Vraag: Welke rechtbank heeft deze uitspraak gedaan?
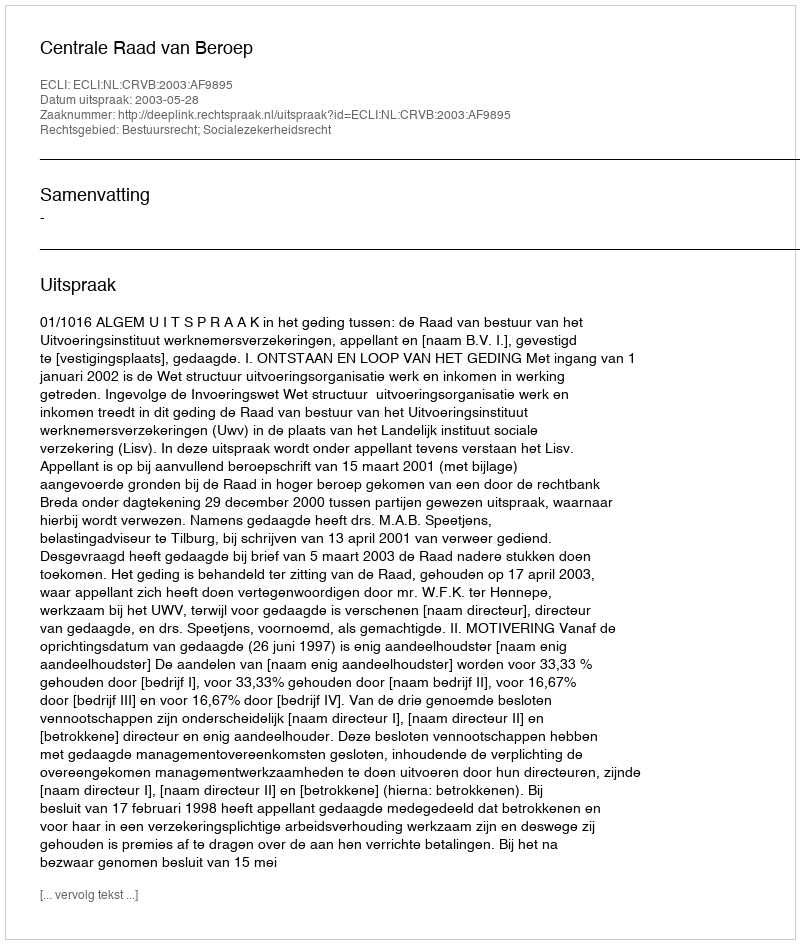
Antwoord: Centrale Raad van Beroep